Report of cholera committee
Disease focus: Cholera
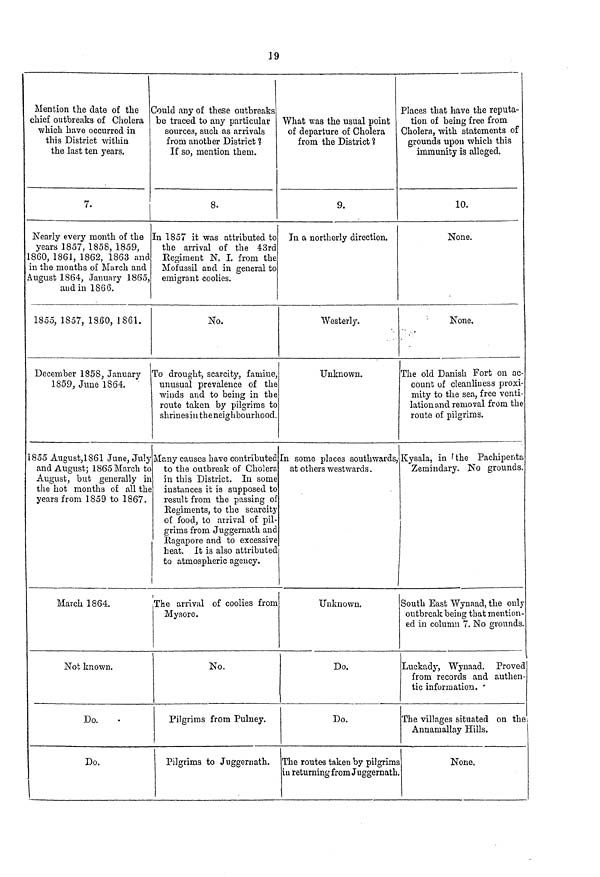
19
Mention the date of the
chief outbreaks of Cholera
which have occurred in
this District within
the last ten years.
7.
Nearly every month of the
years 1857, 1858, 1859,
1860, 1861, 1862, 1863 and
in the months of March and
August 1864, January 1865,
and in 1866.
1855, 1857, 18.60, 1861.
December 1858, January
1859, June 1864.
1855 August,1861 June, July
and August; 1865 March to
August, but generally in
the hot months of all the
years from 1859 to 1867.
March 1864.
Not known.
Do.
Do.
Could any of these outbreaks
be traced to any particular
sources, such as arrivals
from another District ?
If so, mention them.
8.
In 1857 it was attributed to
the arrival of the 43rd
Regiment N. I. from the
Mofussil and in general to
emigrant coolies.
No.
To drought, scarcity, famine,
unusual prevalence of the
winds and to being in the
route taken by pilgrims to
shrines in the neighbourhood.
Many causes have contributed
to the outbreak of Cholera
in this District. In some
instances it is supposed to
result from the passing of
Regiments, to the scarcity
of food, to arrival of pil-
grims from Juggernath and
Ragapore and to excessive
heat. It is also attributed
to atmospheric agency.
The arrival of coolies from
Mysore.
No.
Pilgrims from Pulney.
Pilgrims to Juggernath.
What was the usual point
of departure of Cholera
from the District 1
9.
In a northerly direction.
Westerly.
Unknown.
In some places southwards,
at others westwards.
Unknown.
Do.
Do.
The routes taken by pilgrims
in returning from Juggernath
Places that have the reputa-
tion of being free from
Cholera, with statements of
grounds upon which this
immunity is alleged.
10.
None.
None,
The old Danish Fort on ac
count of cleanliness proxi
mity to the sea, free venti
lationand removal from the
route of pilgrims.
Kysala, in the Pachipenta
Zemindary. No grounds
South East Wynaad, the only
outbreak being that mention
ed in column 7. No grounds
Luckady, Wynaad. Prove
from records and authen
tic information. *
The villages situated on the
Annamallay Hills.
None,